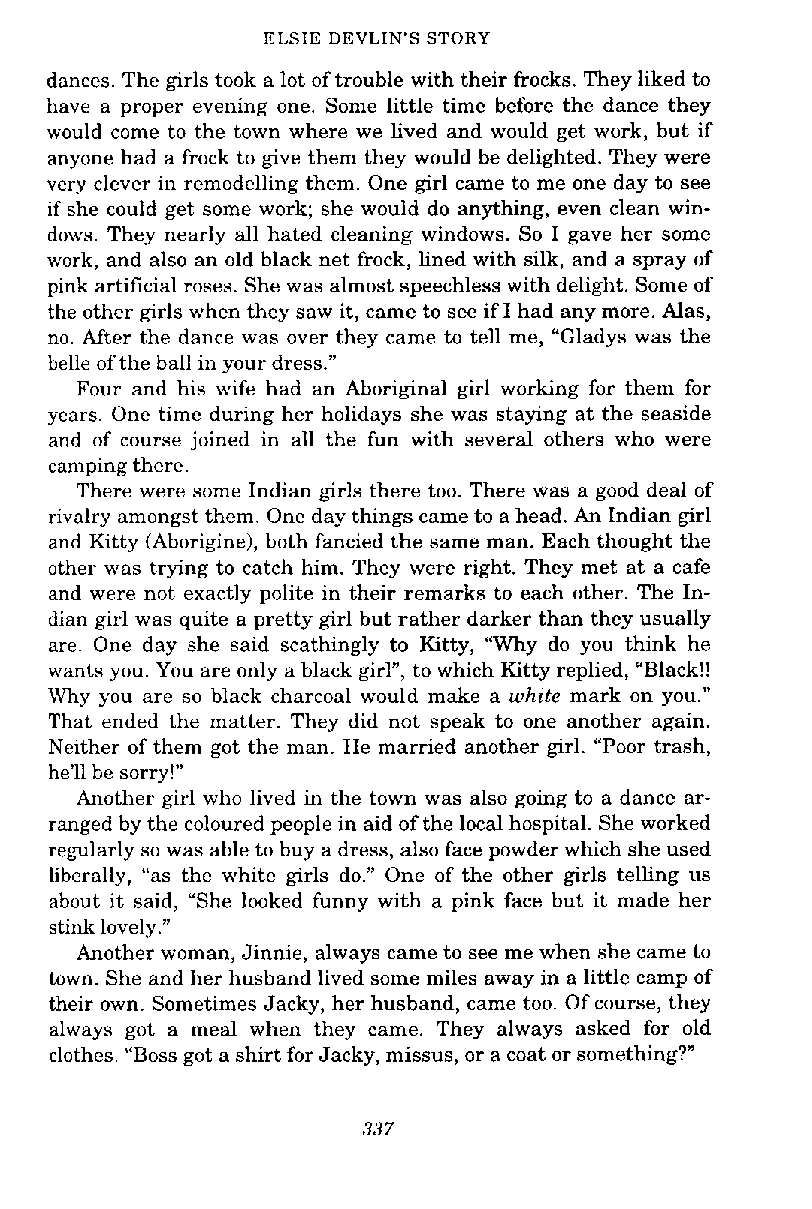
ELSIE DEVLIN'S STORY
 dances. The girls took a lot of trouble with their frocks. They liked to
 have a proper evening one. Some little time before the dance they
 would come to the town where we lived and would get work, but if
 anyone had a frock to give them they would be delighted. They were
 very clever in remodelling them. One girl came to me one day to see
 if she could get some work; she would do anything, even clean win-
 dows. They nearly all hated cleaning windows. So I gave her some
 work, and also an old black net frock, lined with silk, and a spray of
 pink artificial roses. She was almost speechless with delight. Some of
 the other girls when they saw it, came to see if I had any more. Alas,
 no. After the dance was over they came to tell me, "Gladys was the
 belle of the ball in your dress."
 Four and his wife had an Aboriginal girl working for them for
 years. One time during her holidays she was staying at the seaside
 and of course joined in all the fun with several others who were
 camping there.
 There were some Indian girls there too. There was a good deal of
 rivalry amongst them. One day things came to a head. An Indian girl
 and Kitty (Aborigine), both fancied the same man. Each thought the
 other was trying to catch him. They were right. They met at a cafe
 and were not exactly polite in their remarks to each other. The In-
 dian girl was quite a pretty girl but rather darker than they usually
 are. One day she said scathingly to Kitty, "Why do you think he
 wants you. You are only a black girl", to which Kitty replied, "Black!!
 Why you are so black charcoal would make a lvhite mark on you."
 That ended the matter. They did not speak to one another again.
 Neither of them got the man. He married another girl. "Poor trash,
 he'll bc sorry!"
 Another girl who lived in the town was also going to a dance ar-
 ranged by the coloured people in aid of the local hospital. She worked
 regularly so was able to buy a dress, also face powder which she used
 liberally, "as the white girls do." One of the other girls telling us
 about it said, "She looked funny with a pink face but it made her
 stink lovely."
 Another woman, Jinnie, always came to see me when she came to
 town. She and her husband lived some miles away in a little camp of
 their own. Sometimes Jacky, her husband, came too. Of course, they
 always got a meal when they came. They always asked for old
 clothes. "Boss got a shirt for Jacky, missus, or a coat or something?"